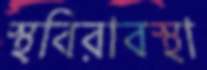
স্থবিরাবস্থা